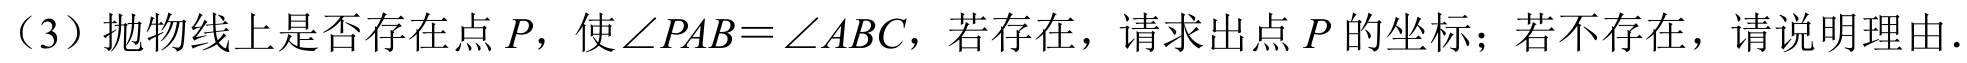
（3）抛物线上是否存在点\(P\)，使\(\angle PAB=\angle ABC\)，若存在，请求出点\(P\)的坐标；若不存在，请说明理由.